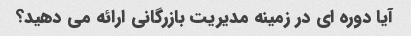
آیا دوره ای در زمینه مدیریت بازرگانی ارائه می دهید؟